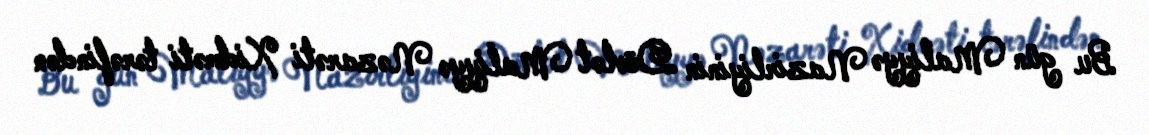
Bu gün Maliyyə Nazirliyinin Dövlət Maliyyə Nəzarəti Xidməti tərəfindən